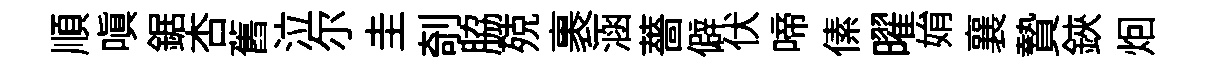
順嗔鋸杏舊泣尓圭剞脇殑裹涵薔僻伏啼傃曜姢襄贄鋏𤇆